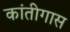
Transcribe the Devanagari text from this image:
कांतीगास